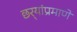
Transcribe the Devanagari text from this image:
छर्‍यांप्रमाणे